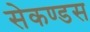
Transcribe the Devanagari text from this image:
सेकण्डस